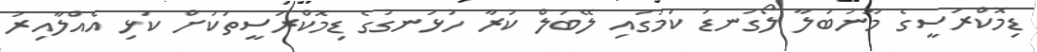
ޑިމޮކްރަސީގެ މޫނުބަލާ ލޯގަނޑު ކަމުގައި ލޭބަލް ކުރާ ހުޅަނގުގެ ޑިމޮކްރަސީތަކަށް ކަޅި އެއްލާއިރު